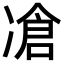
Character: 凔